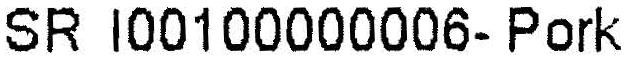
SR I00100000006- PORK